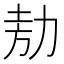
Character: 𭄦